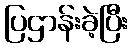
ပြဌာန်းခဲ့ပြီး